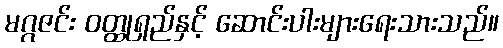
မဂ္ဂဇင်း ဝတ္ထုရှည်နှင့် ဆောင်းပါးများရေးသားသည်။